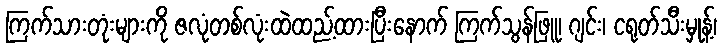
ကြက်သားတုံးများကို ဇလုံတစ်လုံးထဲထည့်ထားပြီးနောက် ကြက်သွန်ဖြူ၊ ဂျင်း၊ ငရုတ်သီးမှုန့်၊